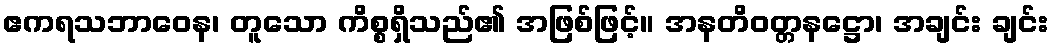
ဧကရသဘာဝေန၊ တူသော ကိစ္စရှိသည်၏ အဖြစ်ဖြင့်။ အနတိဝတ္တနဋ္ဌော၊ အချင်း ချင်း